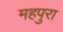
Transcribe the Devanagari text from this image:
महपुरा